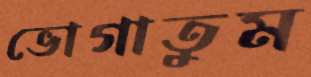
ভোগাতুম